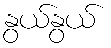
နွယ်နွယ်